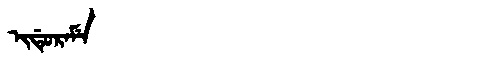
Manchu: ᡳᡩᡠᡵᠠᠮᡝ
Romanization: IDURAME